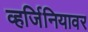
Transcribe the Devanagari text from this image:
व्हर्जिनियावर